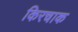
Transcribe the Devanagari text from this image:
किरचाक